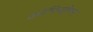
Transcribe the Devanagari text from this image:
कोपिनहैगन